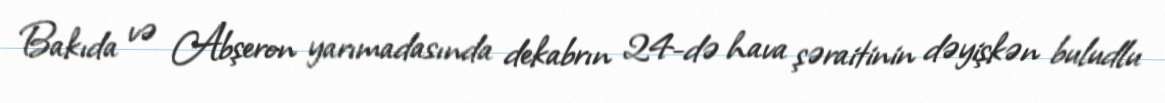
Bakıda və Abşeron yarımadasında dekabrın 24-də hava şəraitinin dəyişkən buludlu